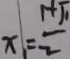
x _ { 1 } = \frac { 1 + \sqrt { 1 } } { 2 }